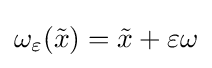
\omega _{\varepsilon }({\tilde {x}})={\tilde {x}}+\varepsilon \omega